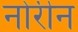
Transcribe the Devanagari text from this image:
नोरीन